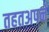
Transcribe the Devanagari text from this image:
तहतअपने